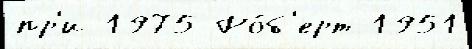
пр'и 1975 Ро́б'ерт 1951